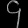
Digit: ၄